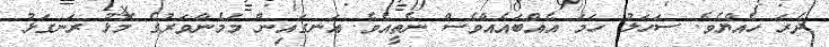
ދެރަ ހެއްޔެވެ. ސަހަލު ހަމަ އެއްބައެއްވެސް ނެތީއެވެ. އަނގައިން މަމެންވަރުގެ މޮޅު ރަނގަޅު